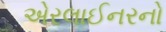
એરલાઈનરનો